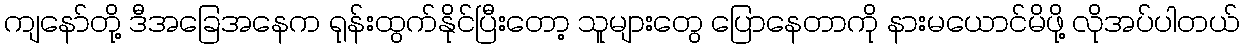
ကျနော်တို့ ဒီအခြေအနေက ရုန်းထွက်နိုင်ပြီးတော့ သူများတွေ ပြောနေတာကို နားမယောင်မိဖို့ လိုအပ်ပါတယ်